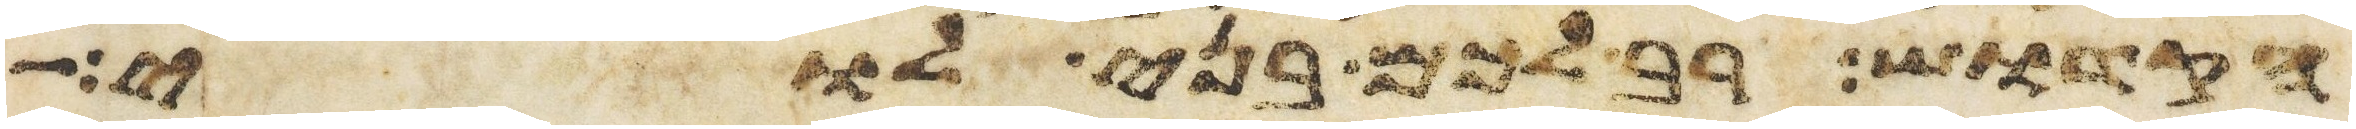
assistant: הקדוש רב לכם בני לוי